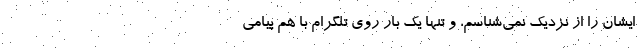
ایشان را از نزدیک نمی‌شناسم، و تنها یک بار روی تلگرام با هم پیامی